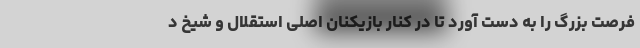
فرصت بزرگ را به دست آورد تا در کنار بازیکنان اصلی استقلال و شیخ د